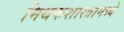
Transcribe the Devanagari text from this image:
मिथकशास्त्रामध्ये